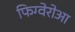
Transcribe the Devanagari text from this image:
फिग्वेरोआ